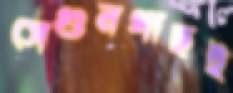
সেগুনগাছই